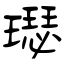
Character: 璱